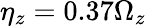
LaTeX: \eta_{z}=0.37\Omega_{z}